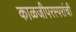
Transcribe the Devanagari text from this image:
काळजीपरस्परांची